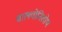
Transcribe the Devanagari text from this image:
बालयोनिशोथ